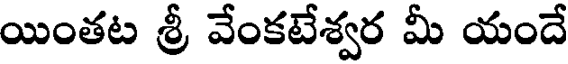
యింతట శ్రీ వేంకటేశ్వర మీ యందే